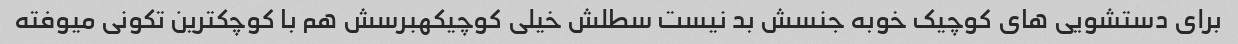
برای دستشویی های کوچیک خوبه جنسش بد نیست سطلش خیلی کوچیکهبرسش هم با کوچکترین تکونی میوفته